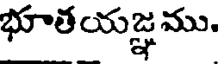
భూతయజ్ఞము.